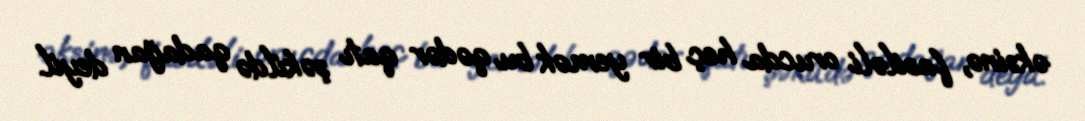
əksinə, fasiləli orucda heç bir yemək bu qədər qatı şəkildə qadağan deyil.